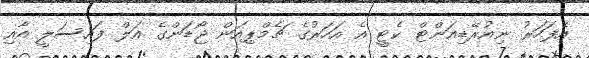
އެފަހަރު ނިއުރޭޑިއަންޓް ކެޓީ އެ އަހަރުގެ ޗެމްޕިއަން ޖޯޑަންގެ އަލް ފައިސަލީ އާއި